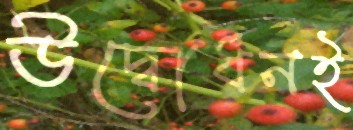
উদ্বোধনই